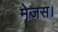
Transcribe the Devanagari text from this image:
मेजस।